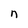
Character: n